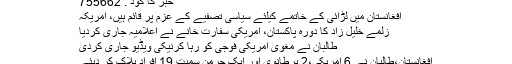
خبر کا کوڈ : 755662
افغانستان میں لڑائی کے خاتمے کیلئے سیاسی تصفیے کے عزم پر قائم ہیں، امریکہ
زلمے خلیل زاد کا دورہ پاکستان، امریکی سفارت خانے نے اعلامیہ جاری کردیا
طالبان نے مغوی امریکی فوجی کو رہا کرنیکی ویڈیو جاری کردی
افغانستان،طالبان نے 6 امریکی،2 برطانوی اور ایک جرمن سمیت 19 افراد ہلاک کر دیئے